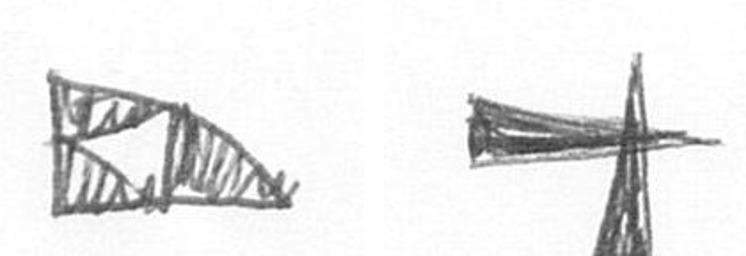
K G